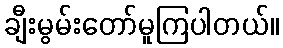
ချီးမွမ်းတော်မူကြပါတယ်။